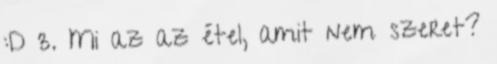
:D 3. Mi az az étel, amit nem szeret?